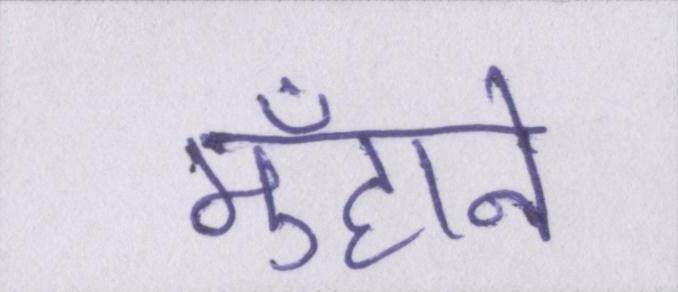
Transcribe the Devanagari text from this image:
मुँहाने